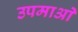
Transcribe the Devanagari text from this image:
उपमाआें